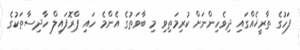
ފަހުގެ ތާރީޚެއްގައި ދިވެހިންނަށް ކުރިމަތިވި މި ބާވަތުގެ އެންމެ ހައި ޕްރޮފައިލް ހާދިސާތަކުގެ